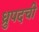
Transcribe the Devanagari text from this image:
ध्रुपदची